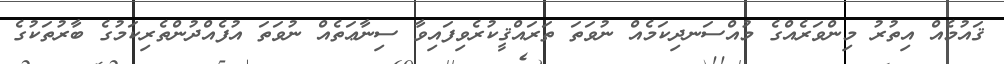
ޤައުމެއް އިތުރު މިންވަރެއްގެ މުއްސަނދިކަމެއް ނުވަތަ ތަރައްޤީކުރެވިފައިވާ ސިނާޢަތެއް ނުވަތަ އުފެއްދުންތެރިކަމުގެ ބާރުތަކުގެ